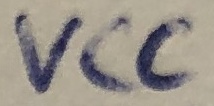
Text: VCC